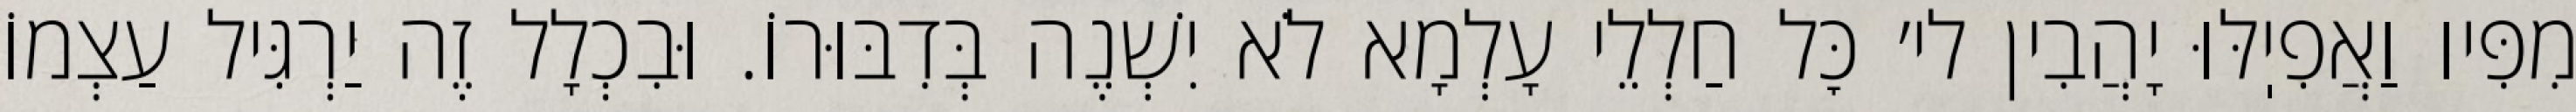
מִפִּיו וַאֲפִיֽלּוּ יָהֲבִין לי׳ כׇּל חַלְלֵי עָלְמָא לֹא יִשְׁנֶה בְּדִבּוּרוֹ. וּבִכְלָל זֶה יַרְגִּיל עַצְמוֹ